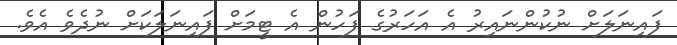
ފައިނަލަށް ނުކުންނައިރު އެ އަހަރުގެ ފަހުން އެ ޓީމަށް ފައިނަލަކަށް ނުދެވެ އެވެ.